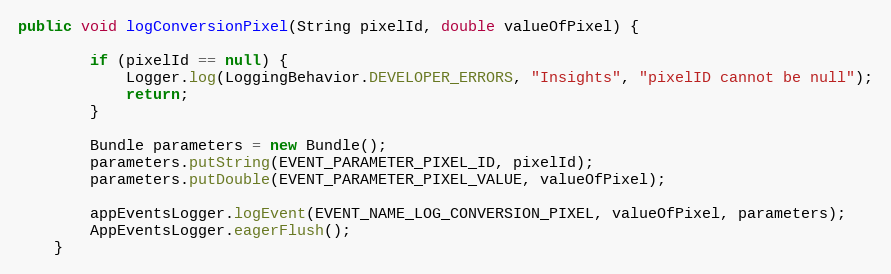
Language: Java
public void logConversionPixel(String pixelId, double valueOfPixel) {

        if (pixelId == null) {
            Logger.log(LoggingBehavior.DEVELOPER_ERRORS, "Insights", "pixelID cannot be null");
            return;
        }

        Bundle parameters = new Bundle();
        parameters.putString(EVENT_PARAMETER_PIXEL_ID, pixelId);
        parameters.putDouble(EVENT_PARAMETER_PIXEL_VALUE, valueOfPixel);

        appEventsLogger.logEvent(EVENT_NAME_LOG_CONVERSION_PIXEL, valueOfPixel, parameters);
        AppEventsLogger.eagerFlush();
    }